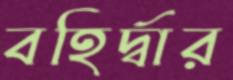
বহির্দ্বার